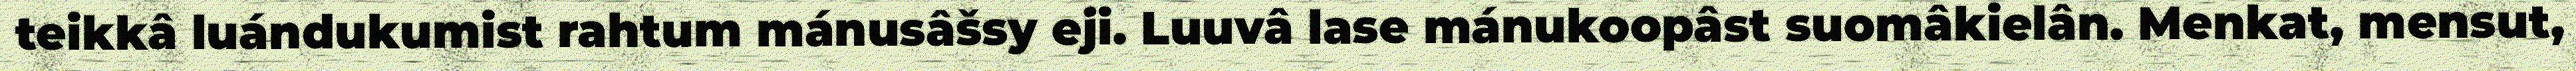
teikkâ luándukumist rahtum mánusâšsy eji. Luuvâ lase mánukoopâst suomâkielân. Menkat, mensut,